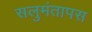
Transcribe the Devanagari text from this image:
सलुमंतापस